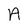
Character: A